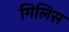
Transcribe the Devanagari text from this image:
गिलिस